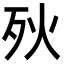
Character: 𣧛